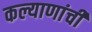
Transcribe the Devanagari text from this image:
कल्याणांची